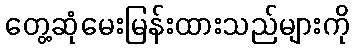
တွေ့ဆုံမေးမြန်းထားသည်များကို